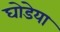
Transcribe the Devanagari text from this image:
घोडेया